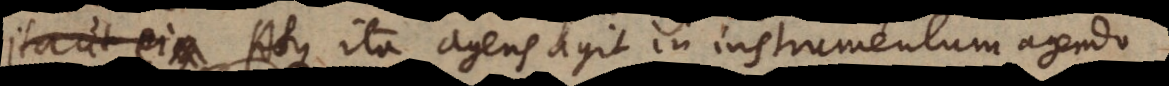
t. Atque ita agens agit in instrumentum agendo